Report of the Municipal Commissioner on the plague in Bombay for the year ending 31st May... - Volume 3
Disease focus: Plague
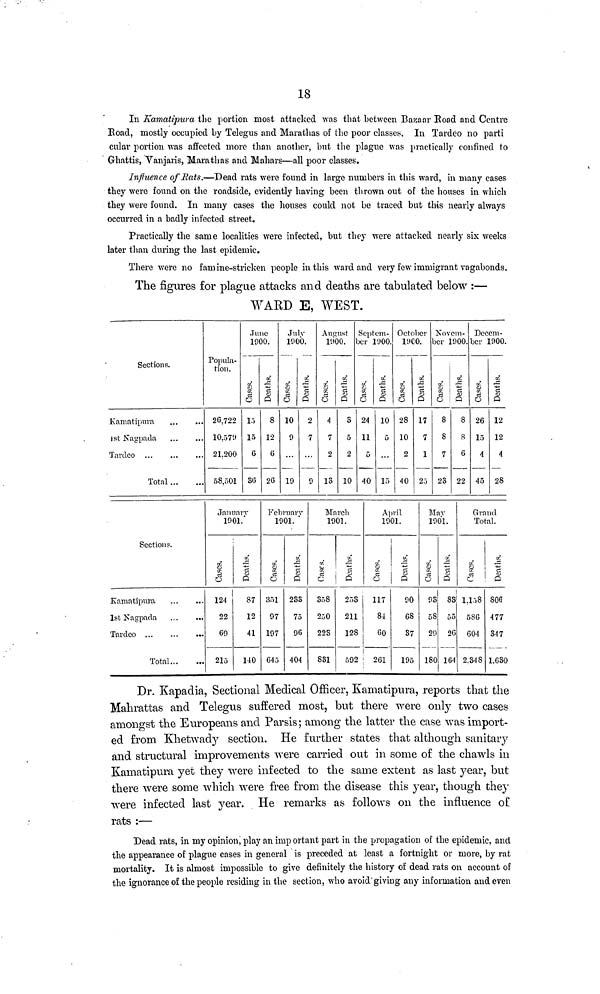
18
In Kamatipura the portion most attacked was that between Bazaar Road and Centre
Road, mostly occupied by Telegus and Marathas of the poor classes. In Tardeo no parti
cular portion was affected more than another, but the plague was practically confined to
Ghattis, Vanjaris, Marathas and Mahars—all poor classes.
Influence of Rats.—Dead rats were found in large numbers in this ward, in many cases
they were found on the roadside, evidently having been thrown out of the houses in which
they were found. In many cases the houses could not be traced but this nearly always
occurred in a badly infected street.
Practically the same localities were infected, but they were attacked nearly six weeks
later than during the last epidemic.
There were no famine-stricken people in this ward and very few immigrant vagabonds.
The figures for plague attacks and deaths are tabulated below :—
WARD E, WEST.
Sections.
Kamatipura
1st Nagpada
Tardeo
Total
Popula-
tion.
26,722
10.579
21.200
58,501
June
1900.
Cases.
i:>
15
6
36
Deaths.
8
12
6
26
July
1900.
Cases.
10
9
19
Deaths.
2
7
9
August
1900.
Cases.
4
7
2
13
Deaths.
S
5
2
10
Septem-
ber 1900.
Cases.
24
11
5
40
Deaths.
10
5
15
October
19C0.
Cases.
28
10
2
40
Deaths.
17
7
1
23
Novem-
ber 1900.
Cases.
8
8
7
23
Deaths.
8
S
6
22
Decem-
ber
Cases.
26
15
4
45
L900.
Deaths.
12
12
4
28
Sections.
Kamatipura
1st Nagpada
Tardeo
Total
January
1901.
Cases.
124
22
69
215
Deaths.
87
12
41
140
February
1901.
Cases.
351
97
197
645
Deaths.
233
75
96
404
March
1901.
Cases.
358
250
223
831
Deaths.
253
211
128
592
April
1901.
Cases.
117
84
60
261
Deaths.
90
68
37
195
May
1901.
Cases.
93
58
29
180
Deaths.
83
55
26
164
Grand
Total.
Cases.
1.158
586
604
2.348
Deaths.
806
477
347
1.630
Dr. Kapadia, Sectional Medical Officer, Kamatipura, reports that the
Mahrattas and Telegus suffered most, but there were only two cases
amongst the Europeans and Parsis; among the latter the case was import-
ed from Khetwady section. He further states that although sanitary
and structural improvements were carried out in some of the chawls in
Kamatipura yet they were infected to the same extent as last year, but
there were some which were free from the disease this year, though they
were infected last year. He remarks as follows on the influence of
rats :—
Dead rats, in my opinion, play an important part in the propagation of the epidemic, and
the appearance of plague cases in general is preceded at least a fortnight or more, by rat
mortality. It is almost impossible to give definitely the history of dead rats on account of
the ignorance of the people residing in the section, who avoid giving any information and even